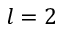
l = 2